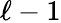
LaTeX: \ell-1